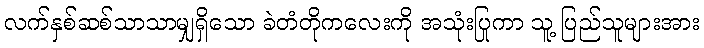
လက်နှစ်ဆစ်သာသာမျှရှိသော ခဲတံတိုကလေးကို အသုံးပြုကာ သူ့ ပြည်သူများအား